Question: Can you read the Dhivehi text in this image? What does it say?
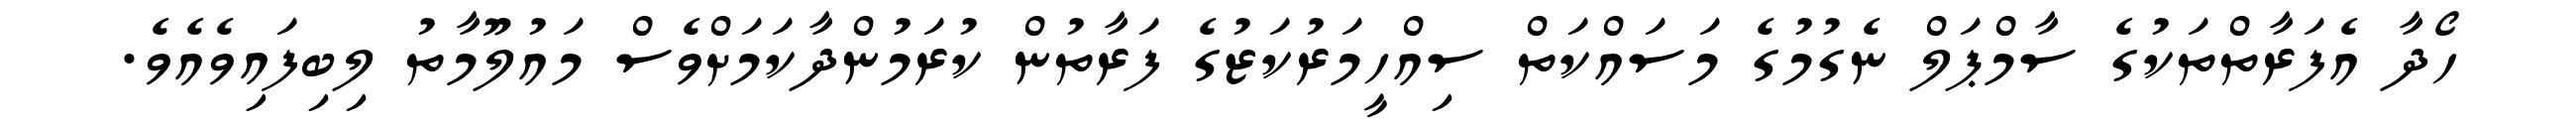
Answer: ހޯދާ އެފަރާތްތަކުގެ ސާމްޕަލް ނެގުމުގެ މަސައްކަތް ސިއްހީމަރުކަޒުގެ ފަރާތުން ކުރަމުންދާކަމަށްވެސް މައުލޫމާތު ލިބިފައިވެއެވެ.